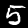
Label: 5